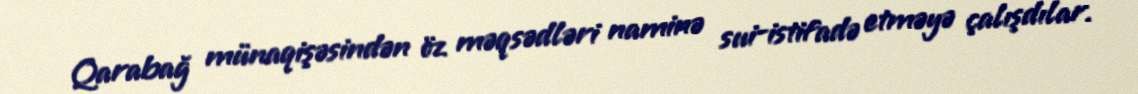
Qarabağ münaqişəsindən öz məqsədləri naminə sui-istifadə etməyə çalışdılar.